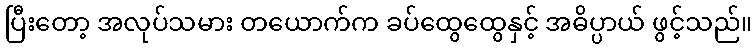
ပြီးတော့ အလုပ်သမား တယောက်က ခပ်ထွေထွေနှင့် အဓိပ္ပာယ် ဖွင့်သည်။